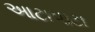
આટાપાટા